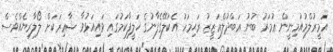
އަމީރުލްމުއުމިނީން ޢުމަރު ބުނު ޢަބްދުލްޢަޒީޒު ރަޙިމަހު އެކަލޭގެފާނުގެ ޚަލީފާކަމުގައި ވައިއަޅުވާ ޝާޢިރަކަށް ލޯލާރިޔެއްވެސް